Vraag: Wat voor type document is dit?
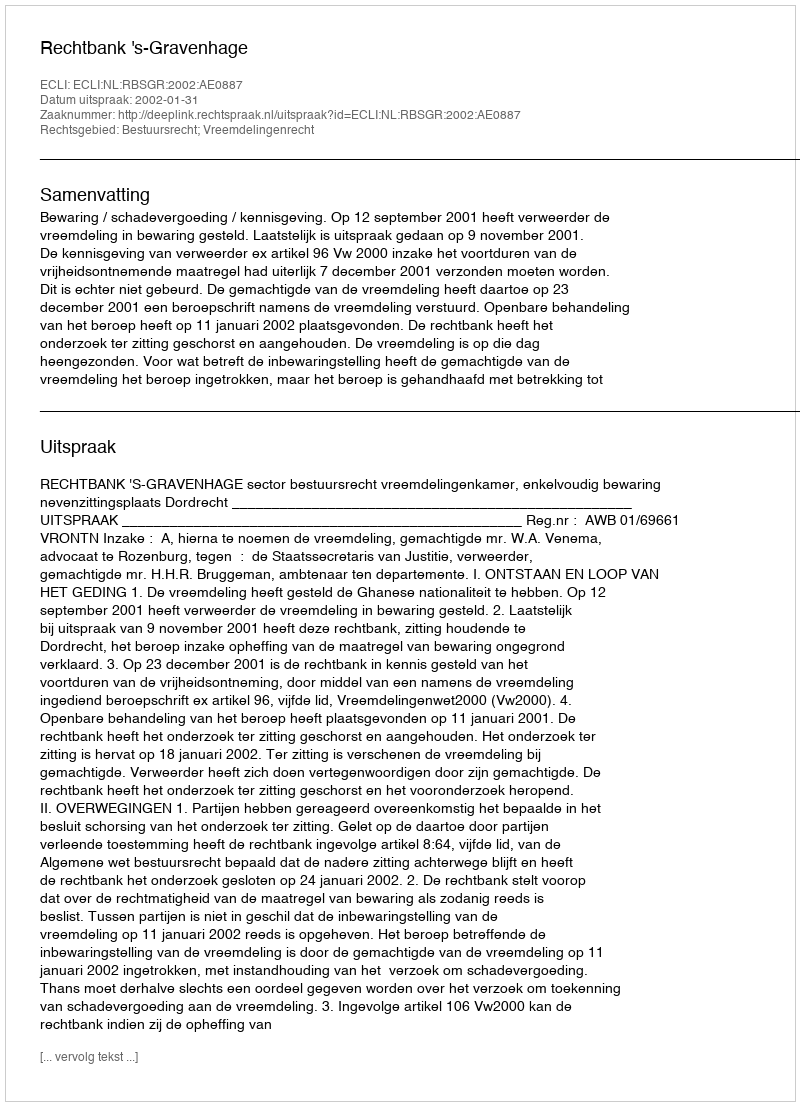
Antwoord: Uitspraak